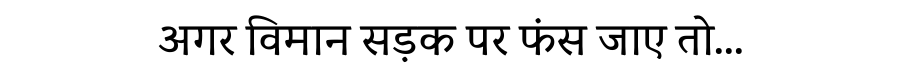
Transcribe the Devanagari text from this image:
अगर विमान सड़क पर फंस जाए तो...